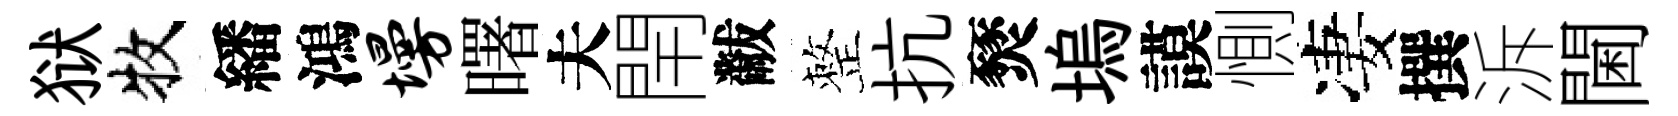
狱牧繙鴻墁曙夫閈黻整抗燹塢謨惻凄撰泝閫